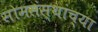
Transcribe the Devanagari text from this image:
सोमसंस्थांच्या